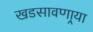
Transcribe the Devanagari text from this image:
खडसावणार्‍या